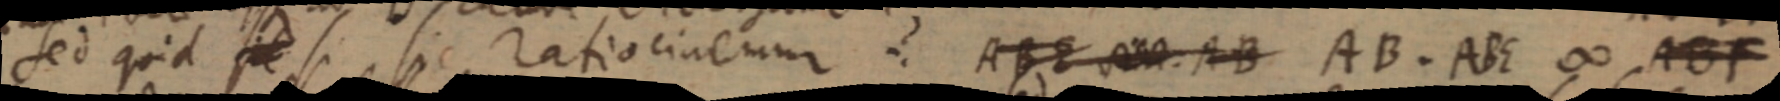
sed quid sit si sic ratio cinemur ABE vera. AB AB . ABE ∞ ABF